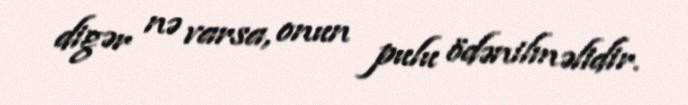
digər nə varsa, onun pulu ödənilməlidir.